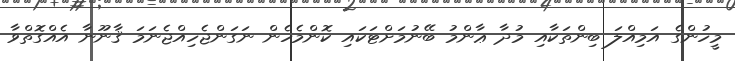
މީހުންގެ އަމިއްލަ ބިންތަކާއި މުދާ ޢާންމު ބޭނުމަށްޓަކައި ކޮންމެހެން ނަގަންޖެހިއްޖެނަމަ ޤާނޫނާ އެއްގޮތްވާ